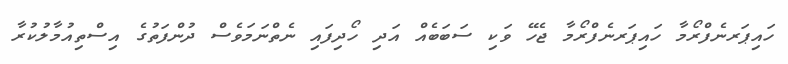
ހައިޕަރނެފްރޯމާ ހައިޕަރނެފްރޯމާ ޖެހޭ ވަކި ސަބަބެއް އަދި ހޯދިފައި ނެތްނަމަވެސް ދުންފަތުގެ އިސްތިއުމާލުކުރާ